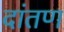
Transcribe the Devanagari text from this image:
दांतण